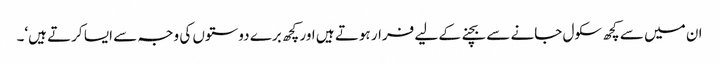
ان میں سے کچھ سکول جانے سے بچنے کے لیے فرار ہوتے ہیں اور کچھ برے دوستوں کی وجہ سے ایسا کرتے ہیں‘۔